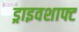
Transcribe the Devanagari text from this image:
ड्राइवशाफ्ट